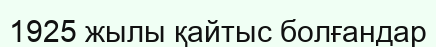
1925 жылы қайтыс болғандар